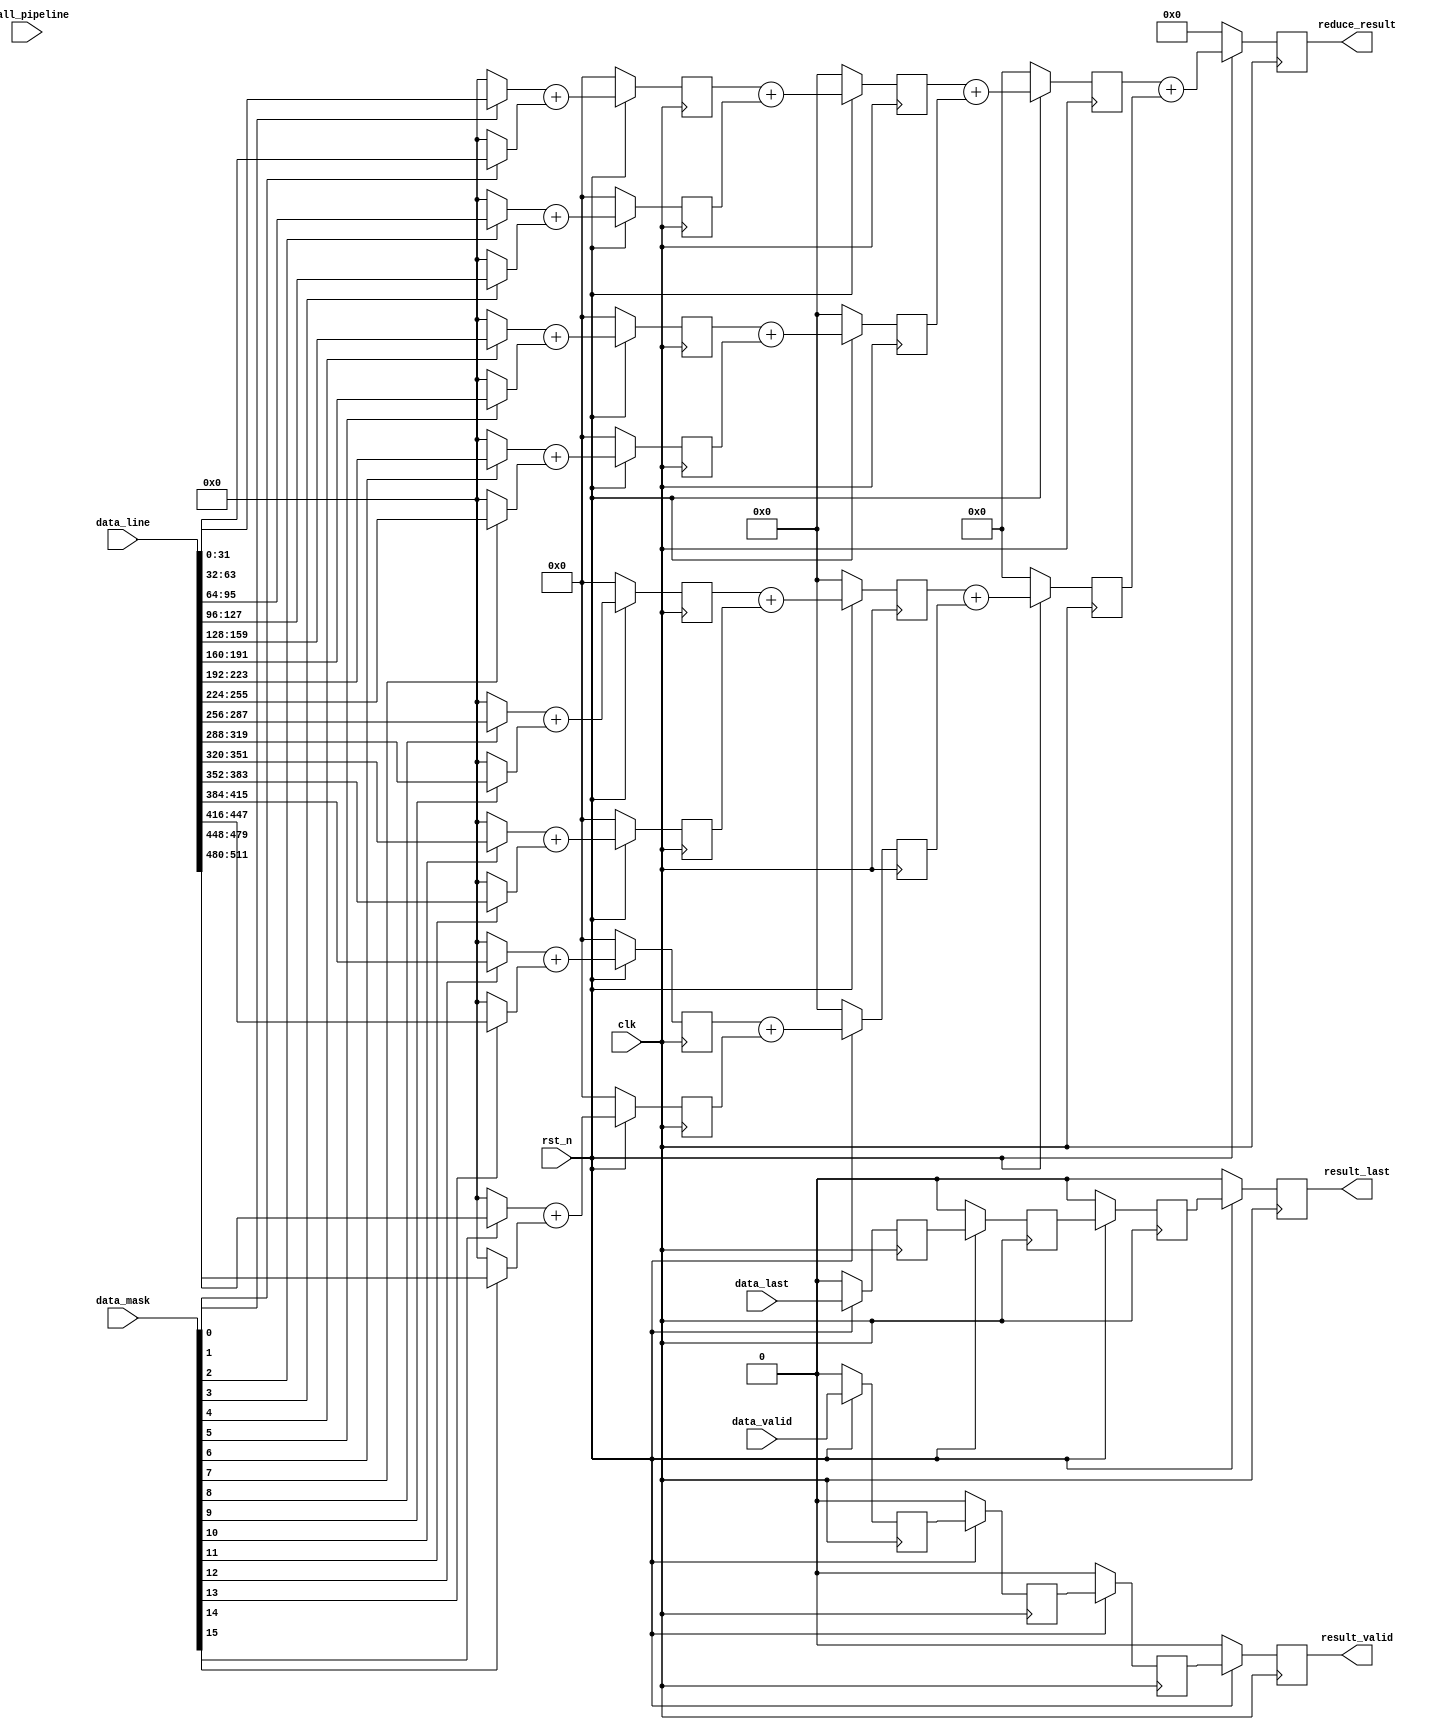
/*
 * Copyright 2016 - 2017 Systems Group, ETH Zurich
 *
 * This hardware operator is free software: you can redistribute it and/or
 * modify it under the terms of the GNU General Public License as published
 * by the Free Software Foundation, either version 3 of the License, or
 * (at your option) any later version.
 *
 * This program is distributed in the hope that it will be useful,
 * but WITHOUT ANY WARRANTY; without even the implied warranty of
 * MERCHANTABILITY or FITNESS FOR A PARTICULAR PURPOSE.  See the
 * GNU General Public License for more details.
 *
 * You should have received a copy of the GNU General Public License
 * along with this program.  If not, see <http://www.gnu.org/licenses/>.
 */



module reduction_tree(

  input   wire                                     clk,
    input   wire                                     rst_n,
    input   wire                    stall_pipeline,

    input   wire  [511:0]                            data_line,
    input   wire  [15:0]                             data_mask,
    input   wire                     data_valid,
    input   wire                     data_last,
    output  wire  [35:0]                reduce_result, 
    output  wire                     result_valid,
    output  wire                    result_last                 
  );

wire  [31:0]         in[15:0];

reg   [32:0]         sum1[7:0];
reg   [33:0]         sum2[3:0];
reg   [34:0]         sum3[1:0];
reg   [35:0]         sum4;

reg               valid_in_d1;
reg               valid_in_d2;
reg               valid_in_d3;
reg               valid_in_d4;

reg               last_in_d1;
reg               last_in_d2;
reg               last_in_d3;
reg               last_in_d4;

genvar j;
generate
  
  for(j = 0; j < 16; j = j + 1) begin: ins
    assign in[j] = (data_mask[j])? data_line[(j+1)*32 - 1 : j*32] : 0;
  end
endgenerate

// 
integer i;
always @(posedge clk) begin
  //
  if(~rst_n) begin  
    valid_in_d1 <= 0;
    last_in_d1  <= 0;

    for(i = 0; i < 8; i = i + 1) begin
      sum1[i] <= 0;
    end
    //
    valid_in_d2 <= 0;
    last_in_d2  <= 0;
    for(i = 0; i < 4; i = i + 1) begin
      sum2[i] <= 0;
    end
    //
    valid_in_d3 <= 0;
    last_in_d3  <= 0;
    for(i = 0; i < 2; i = i + 1) begin
      sum3[i] <= 0;
    end
    //
    valid_in_d4 <= 0;
    last_in_d4  <= 0;
    sum4        <= 0;
  end
  else /*if(~stall_pipeline)*/ begin 
    valid_in_d1 <= data_valid;
    last_in_d1  <= data_last;

    for(i = 0; i < 8; i = i + 1) begin
      sum1[i] <= {1'b0, in[i*2]} + {1'b0, in[i*2+1]};
    end
    //
    valid_in_d2 <= valid_in_d1;
    last_in_d2  <= last_in_d1;
    for(i = 0; i < 4; i = i + 1) begin
      sum2[i] <= {1'b0, sum1[i*2]} + {1'b0, sum1[i*2+1]};
    end
    //
    valid_in_d3 <= valid_in_d2;
    last_in_d3  <= last_in_d2;
    for(i = 0; i < 2; i = i + 1) begin
      sum3[i] <= {1'b0, sum2[i*2]} + {1'b0, sum2[i*2+1]};
    end
    //
    valid_in_d4 <= valid_in_d3;
    last_in_d4  <= last_in_d3;
    sum4        <= {1'b0, sum3[0]} + {1'b0, sum3[1]};
  end

end

assign reduce_result = sum4;
assign result_last   = last_in_d4;
assign result_valid  = valid_in_d4;

endmodule